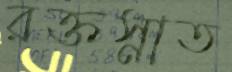
রক্তস্নাত